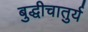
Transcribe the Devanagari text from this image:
बुद्धीचातुर्य